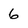
Character: 6